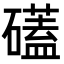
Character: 礚